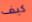
كيف